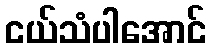
ငယ်သံပါအောင်